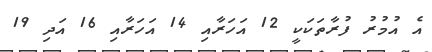
އެ އުމުރު ފުރާތަކަކީ 12 އަހަރާއި 14 އަހަރާއި 16 އަދި 19